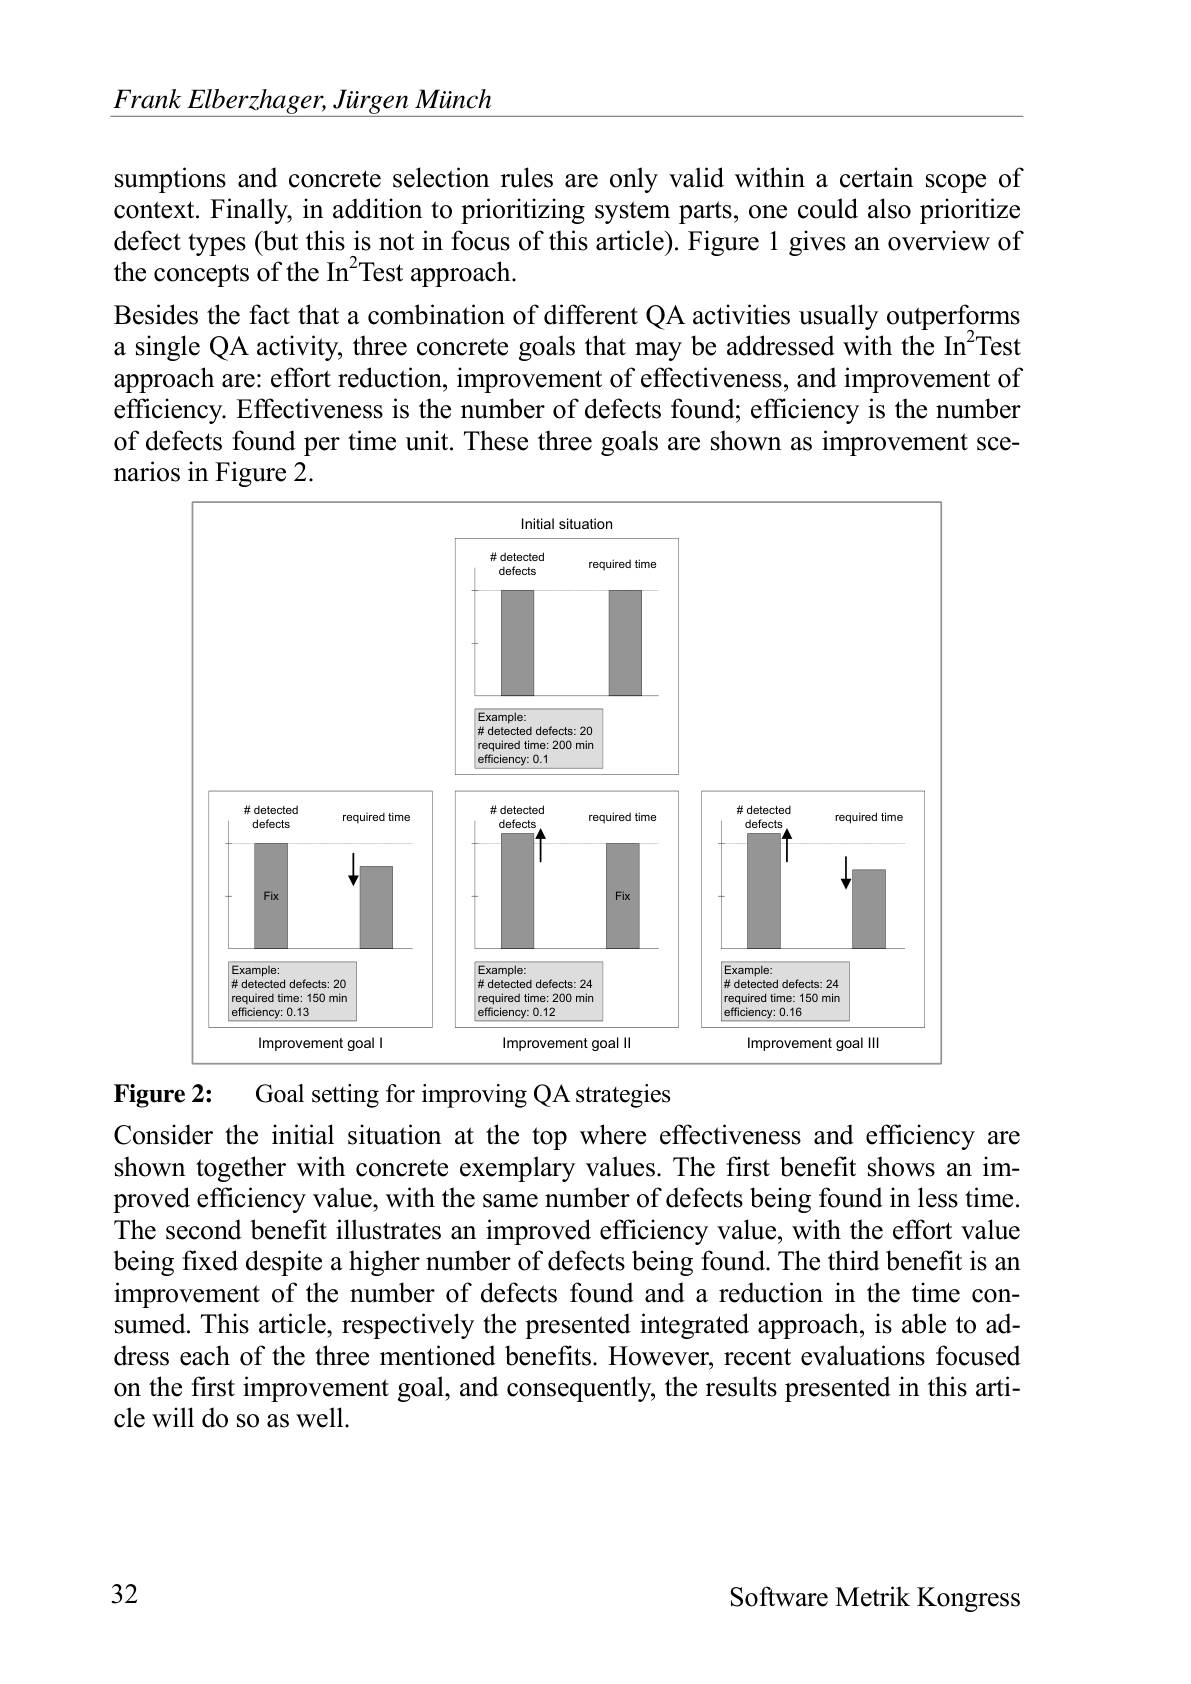
$\underline{FrankElberzhager,JiirgenMiinch}$

sumptions and concrete selection rules are only valid within a certain scope of context. Finally, in addition to prioritizing system parts, one could also prioritize defect types (but this is not in focus of this article). Figure 1 gives an overview of the concepts of the In$^{2}$Test approach.
Besides the fact that a combination of different QA activities usually outperforms a single QA activity, three concrete goals that may be addressed with the In$^{2}$Test approach are: effort reduction, improvement of effectiveness, and improvement of efficiency. Effectiveness is the number of defects found; efficiency is the number of defects found per time unit. These three goals are shown as improvement scenarios in Figure 2.

<FigureHere>
Goal setting for improving QA strategies

Figure 2:

Consider the initial situation at the top where effectiveness and efficiency are shown together with concrete exemplary values. The first benefit shows an improved efficiency value, with the same number of defects being found in less time. The second benefit illustrates an improved efficiency value, with the effort value being fixed despite a higher number of defects being found. The third benefit is an improvement of the number of defects found and a reduction in the time consumed. This article, respectively the presented integrated approach, is able to address each of the three mentioned benefits. However, recent evaluations focused on the first improvement goal, and consequently, the results presented in this article will do so as well.

32

Software Metrik Kongress